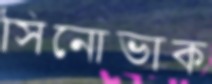
সিনোভাক